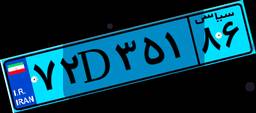
۴۴D۴۱۴۴۸